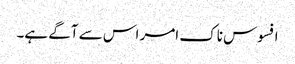
افسوس ناک امر اس سے آگے ہے۔